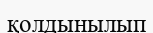
қолдынылып